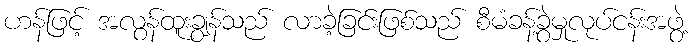
ဟန်ဖြင့် အလွန်ထူးချွန်သည် လာခဲ့ခြင်းဖြစ်သည် စီမံခန့်ခွဲမှုလုပ်ငန်းအဖွဲ့